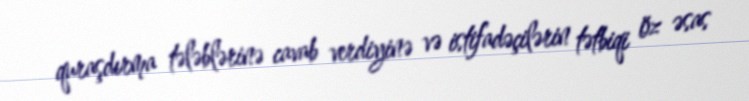
quraşdırma tələblərinə cavab verdiyinə və istifadəçilərin tətbiqi öz əsas